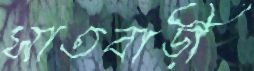
সাতবাড়ী